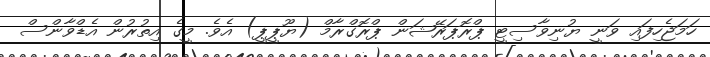
ހަމަޖެހިފައި ވަނީ ޔުނިވާސިޓީ ޕްރޮޕަރޭޝަން ޕްރޮގްރާމް (ޔޫޕީޕީ) އެވެ. މީގެ އިތުރުން އެޑްވާންސް